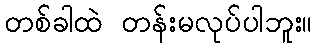
တစ်ခါထဲ တန်းမလုပ်ပါဘူး။